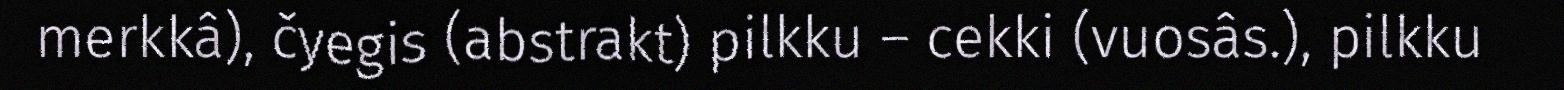
merkkâ), čyegis (abstrakt) pilkku – cekki (vuosâs.), pilkku